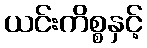
ယင်းကိစ္စနှင့်